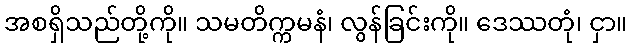
အစရှိသည်တို့ကို။ သမတိက္ကမနံ၊ လွန်ခြင်းကို။ ဒေဿတုံ၊ ငှာ။